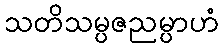
သတိသမ္ပဇညမ္ပာဟံ